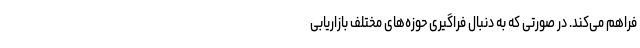
فراهم ‌می‌کند. در صورتی که به دنبال فراگیری حوزه‌های مختلف بازاریابی